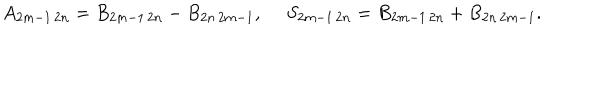
LaTeX: A _ { 2 m - 1 \, 2 n } = B _ { 2 m - 1 \, 2 n } - B _ { 2 n \, 2 m - 1 } , ~ ~ S _ { 2 m - 1 \, 2 n } = B _ { 2 m - 1 \, 2 n } + B _ { 2 n \, 2 m - 1 } .